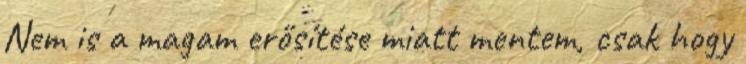
Nem is a magam erősítése miatt mentem, csak hogy